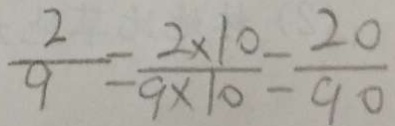
\frac { 2 } { 9 } = \frac { 2 \times 1 0 } { 9 \times 1 0 } = \frac { 2 0 } { 9 0 }